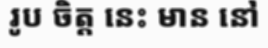
រូប ចិត្ត នេះ មាន នៅ